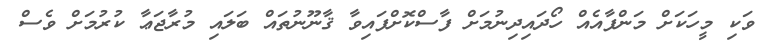
ވަކި މީހަކަށް މަންފާއެއް ހޯދައިދިނުމަށް ފާސްކޮށްފައިވާ ޤާނޫނުތައް ބަލައި މުރާޖަޢާ ކުރުމަށް ވެސް